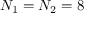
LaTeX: N _ { 1 } = N _ { 2 } = 8